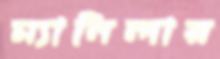
ম্যানিলার